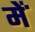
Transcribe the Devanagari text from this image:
मेंॱ